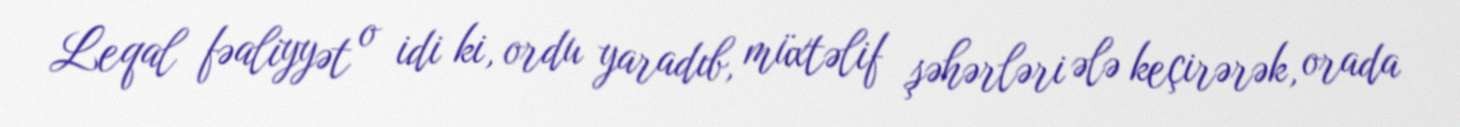
Leqal fəaliyyət o idi ki, ordu yaradıb, müxtəlif şəhərləri ələ keçirərək, orada